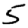
Digit: 5